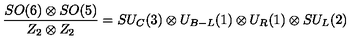
\frac { S O ( 6 ) \otimes S O ( 5 ) } { Z _ { 2 } \otimes Z _ { 2 } } = S U _ { C } ( 3 ) \otimes U _ { B - L } ( 1 ) \otimes U _ { R } ( 1 ) \otimes S U _ { L } ( 2 )